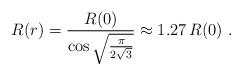
LaTeX: \begin{align*}R(r) = {R(0)\over \cos\sqrt{\pi\over 2\sqrt 3}} \approx 1.27\, R(0) \ .\end{align*}